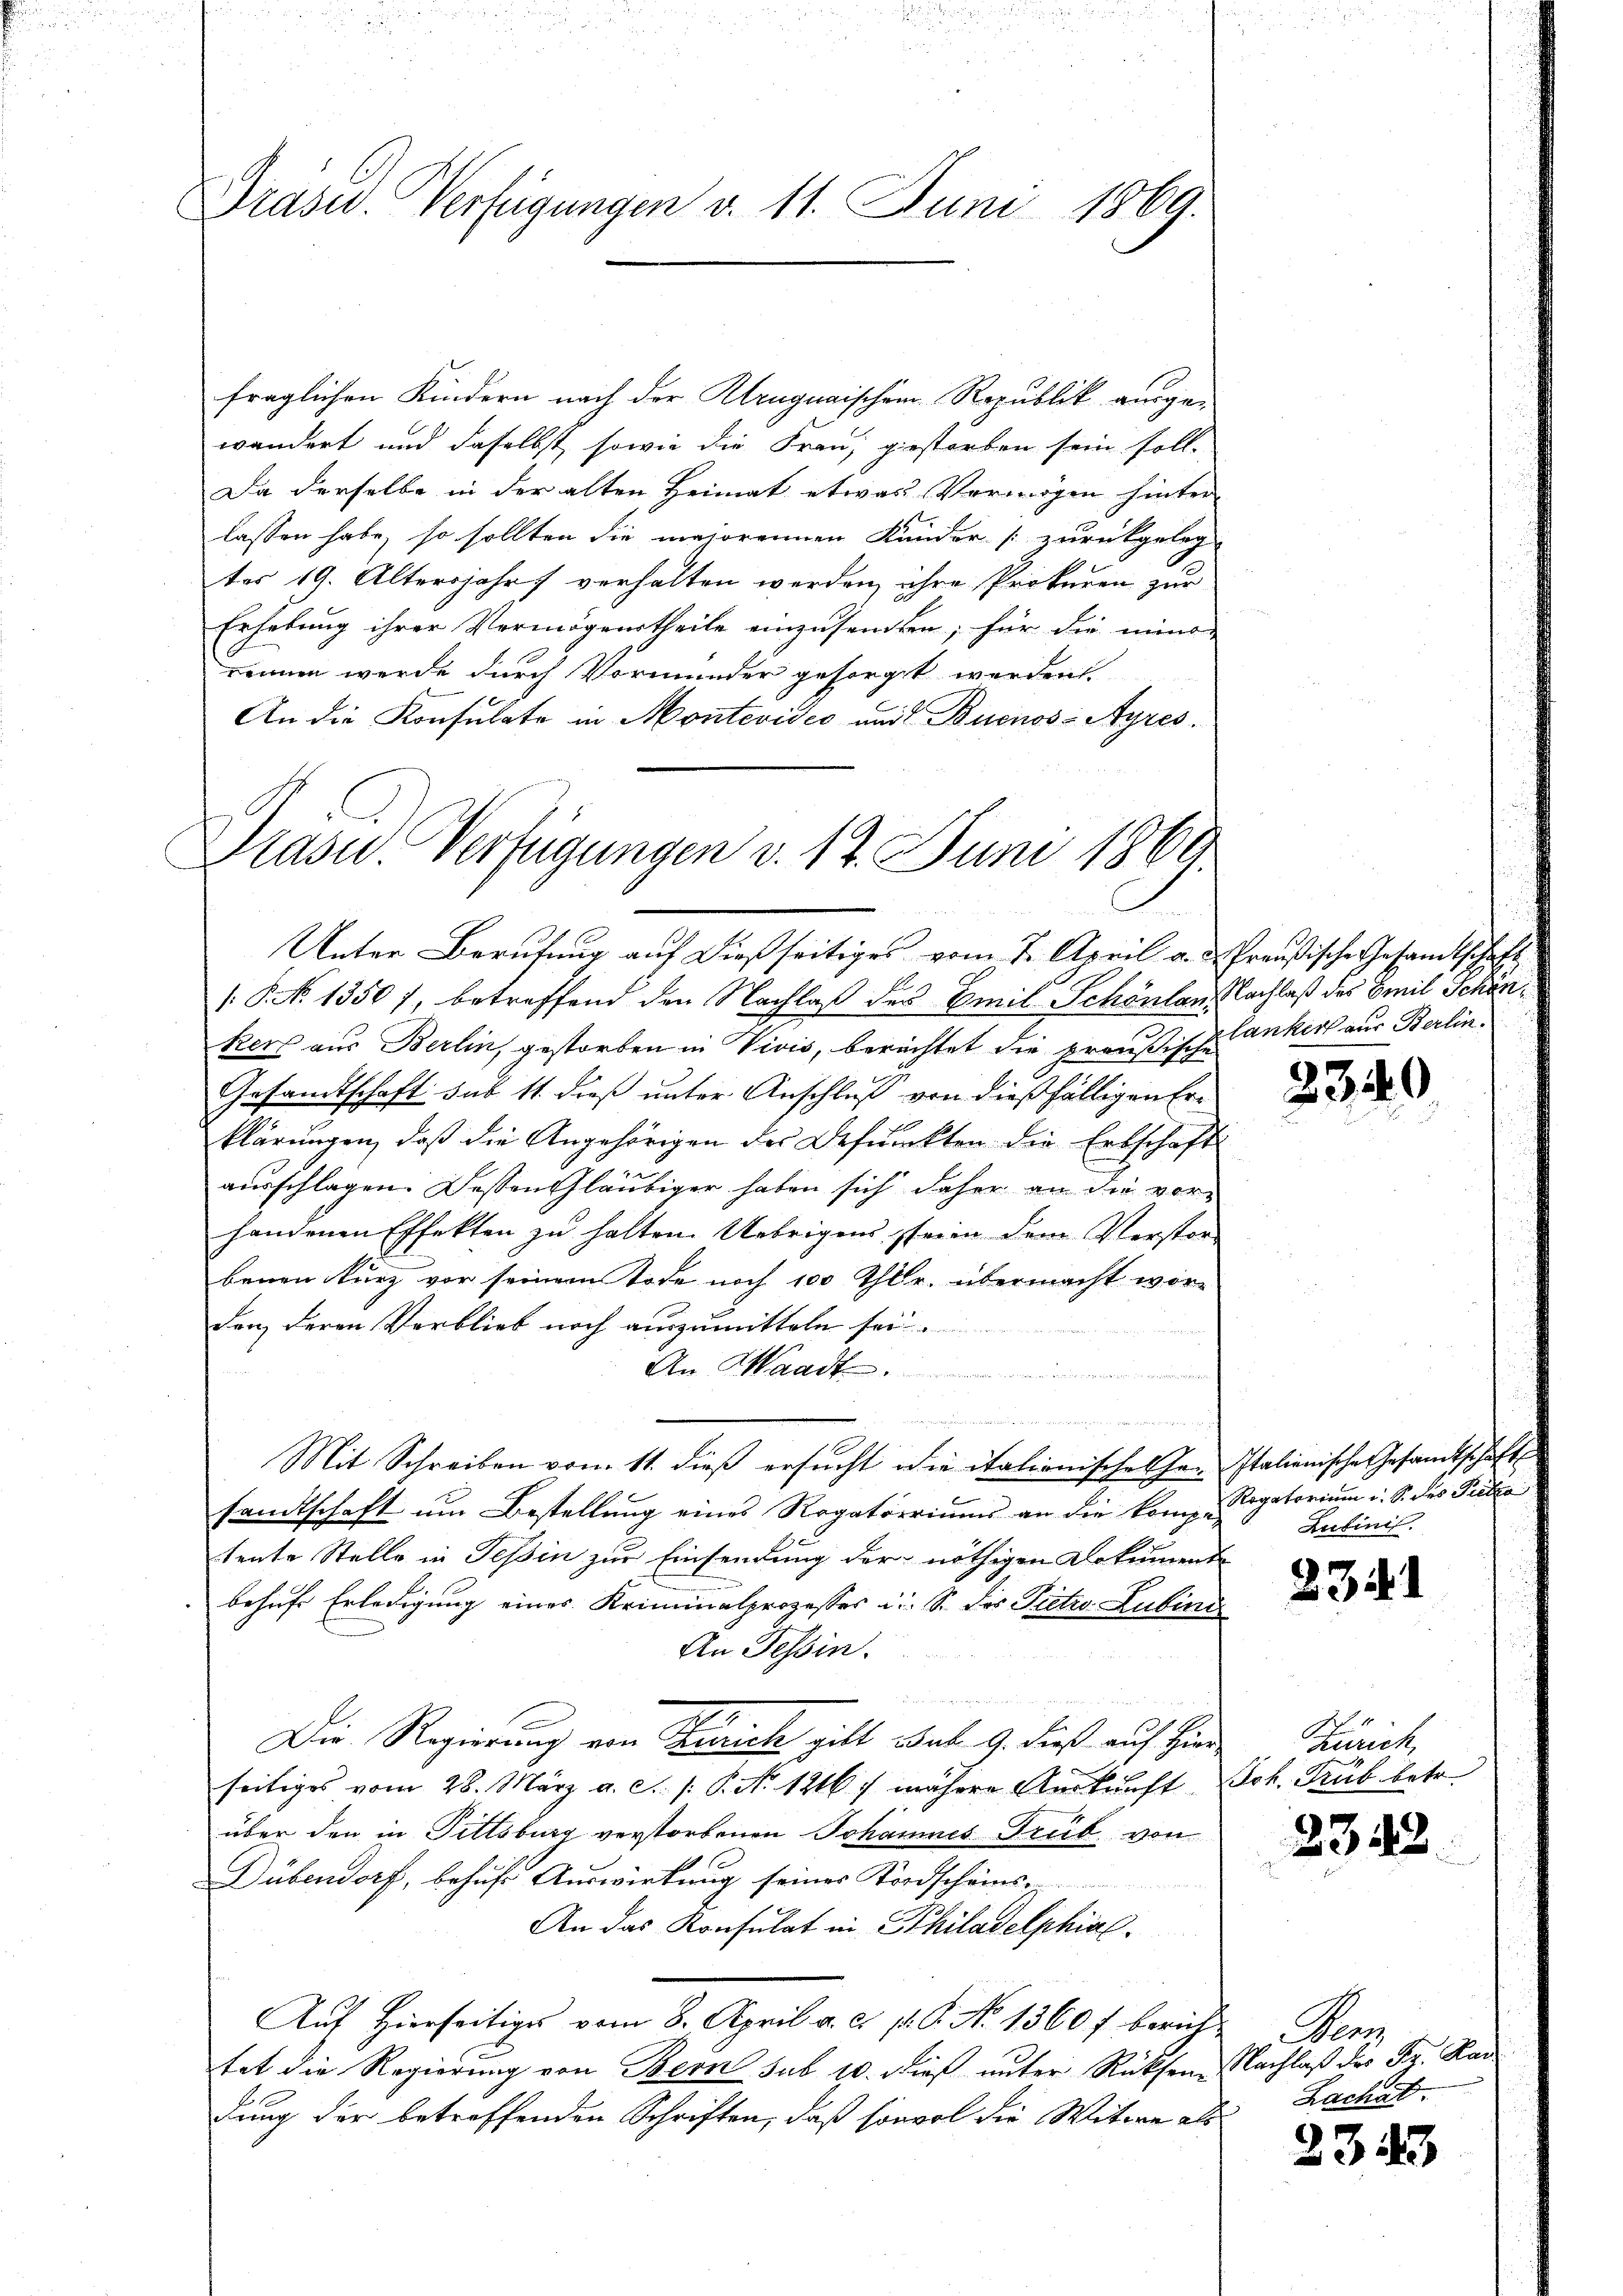
Prasw. Verfügungen d. 11. Juni 1869.

fraglichen Kindern nach der Kruguaischem Republik ausgewandert und daselbst, sowie die Frau, gestorben sein soll.
Da derselbe in der alten Heimat etwas Vermögen hinter
lassen habe, so sollten die majorennen Kunder [zurückgeleg-
tes 19. Altersjahr verhalten werden, ihre Prokuren zur
Erhebung ihrer Vermögenstheile einzusandten; für die mind
rennen werde durch Vormunder gesorgt werden
An die Konsulato in Montevides und Buenos-Ayres¬

Präsid.. Verfügungen v. 12. Juni 1864
d

Unter Berufung auf dießseitiges vom 7. April a. u. Preußische Gesandtschaft

: P. No 1350 7, betreffend den Nachlaß des Emil Schönlaus Nachlaß des Freil Schönkers aus Berlin, gestorben in Vivis, berichtet die preußischlanker aus Berlin¬
Gesandtschaft sub 11. dieß unter Anschluß von dießfälligen Erklärungen, daß die Angehörigen der Befunkten die Erbschaft
ausschlagen. Dessen Gläubiger haben sich daher an die vorhandenen Effekten zu halten. Uebrigens seien dem Verstorbenen kurz vor seinem Tode noch 100 Thlr. übermacht worden deren Verblieb noch auszumitteln sei.
An Waadt.
n
 und der der
Mit Schreiben vom 11. dieß ersucht die italionisches Hrn. Italienischen Gesandtschaft
sandtschaft um Bestellung eines Rogatoriums an die kompe-
tente Stelle in Tessin zur Einsendung der nöthigen Dokumentbehufe Erledigung eines Kriminalprozesses i. S. des Pietro. Lubini
An Tessin.
ur
Die Regierung von Zürich gilt Bub 9. dieß auf Hier
seitiges vom 28. März a. c. s. P. No. 1216. währere Auskunft Sch. Trub betr.
über den in Fittsburg verstorbenen Johannes Trüb von
 f
Dübendorf, behufe Auswirkung seines Tordschäms-
An das Konsulat in Philadelphial.
Aŭf Hierseitiges vom 8. April a. c. p. P. No 1360 f berichtat die Regierung von Bern sub 10. Dieß unter Rücksene Nachlaß der Fr. Kai
dung der betreffenden Schriften, daß sowol die Witwe als

2340

Rogatorium i. S. des Peter
Rutini.

2341

Zürich,

2342

Mar
Zachat.

233